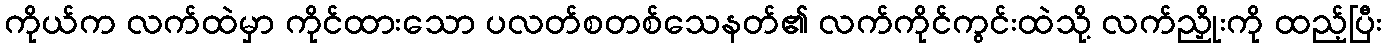
ကိုယ်က လက်ထဲမှာ ကိုင်ထားသော ပလတ်စတစ်သေနတ်၏ လက်ကိုင်ကွင်းထဲသို့ လက်ညှိုးကို ထည့်ပြီး